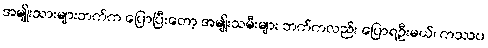
အမျိုးသားများဘက်က ပြောပြီးတော့ အမျိုးသမီးများ ဘက်ကလည်း ပြောရဦးမယ်၊ ကဿပ